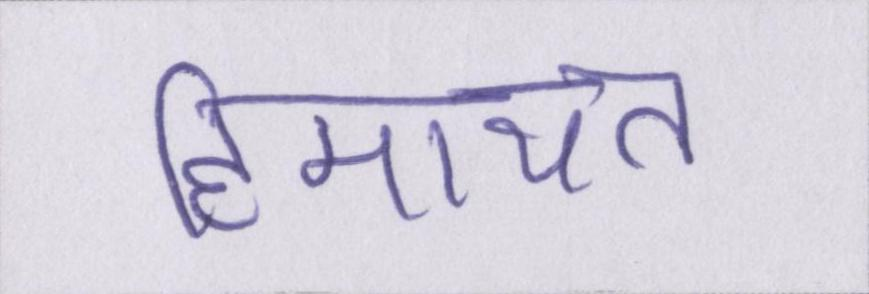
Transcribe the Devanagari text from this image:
हिमायत